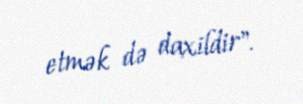
etmək də daxildir".